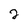
Character: 2